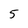
Character: 5